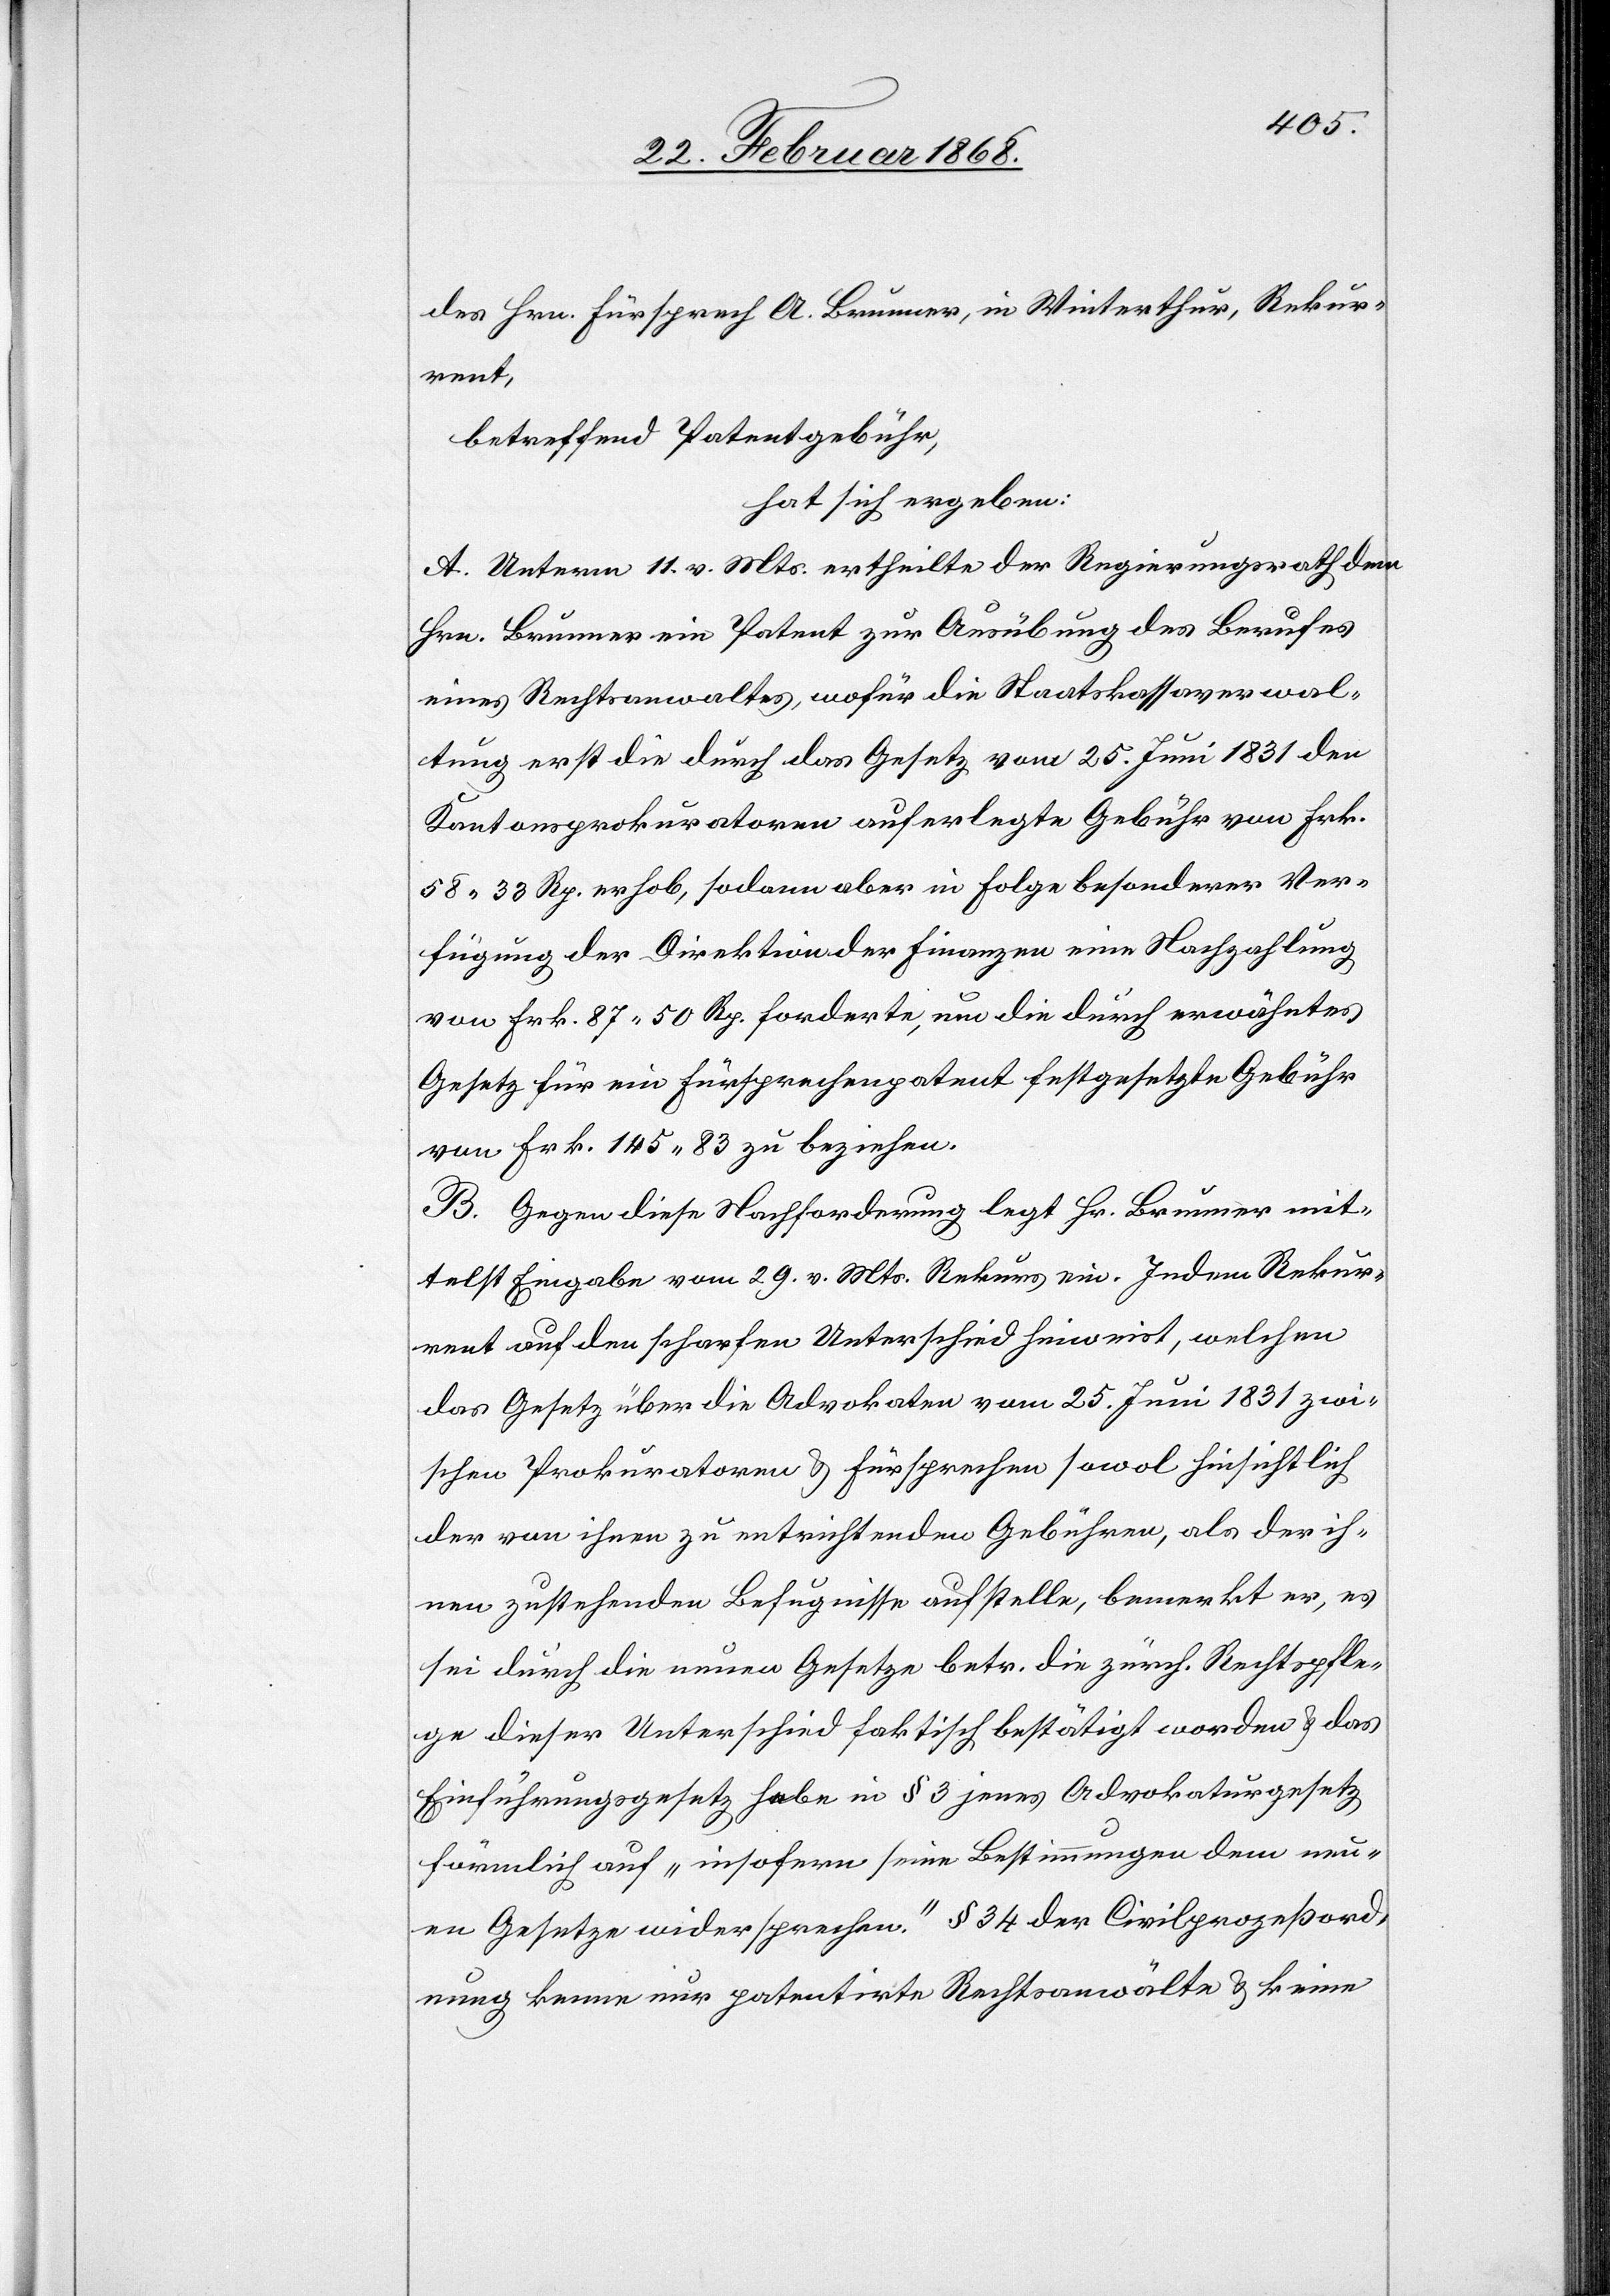
des Hrn. Fürsprech A. Brunner, in Winterthur, Rekur¬
rent,
betreffend Patentgebühr,
hat sich ergeben:
A. Unterm 11. v. Mts. ertheilte der Regierungsrath dem
Hrn. Brunner ein Patent zur Ausübung des Berufes
eines Rechtsanwaltes, wofür die Staatskassaverwal¬
tung erst die durch das Gesetz vom 25. Juni 1831 den
Kantonsprokuratoren auferlegte Gebühr von Frk.
58. 33 Rp. erhob, sodann aber in Folge besonderer Ver¬
fügung der Direktion der Finanzen eine Nachzahlung
von Frk. 87. 50 Rp. forderte, um die durch erwähntes
Gesetz für ein Fürsprechenpatent festgesetzte Gebühr
von Frk. 145. 83 zu beziehen.
B. Gegen diese Nachforderung legt Hr. Brunner mit¬
telst Eingabe vom 29. v. Mts. Rekurs ein. Indem Rekur¬
rent auf den scharfen Unterschied hinweist, welchen
das Gesetz über die Advokaten vom 25. Juni 1831 zwi¬
schen Prokuratoren & Fürsprechen sowol hinsichtlich
der von ihnen zu entrichtenden Gebühren, als der ih¬
nen zustehenden Befugnisse aufstelle, bemerkt er, es
sei durch die neuen Gesetze betr. die zürch. Rechtspfle¬
ge dieser Unterschied faktisch bestätigt worden & das
Einführungsgesetz hebe in § 3 jenes Advokaturgesetz
förmlich auf „insofern seine Bestimmungen dem neu¬
en Gesetze widersprechen.“ § 34 der Civilprozeßord¬
nung kenne nur patentirte Rechtsanwälte & keine